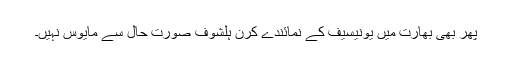
پھر بھی بھارت میں یونیسیف کے نمائندے کرن ہلشوف صورت حال سے مایوس نہیں۔